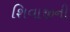
શિવાજીની